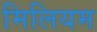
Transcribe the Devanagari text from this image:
मिलियम